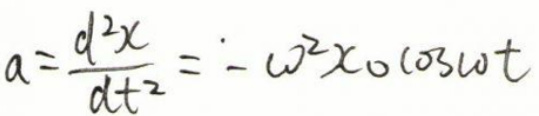
\[a = \frac{d^{2}x}{dt^{2}}=-\omega^{2}x_{0}\cos\omega t\]